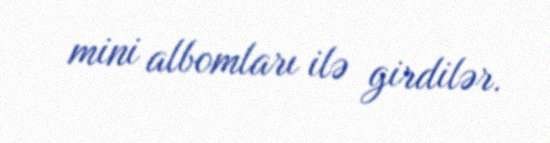
mini albomları ilə girdilər.